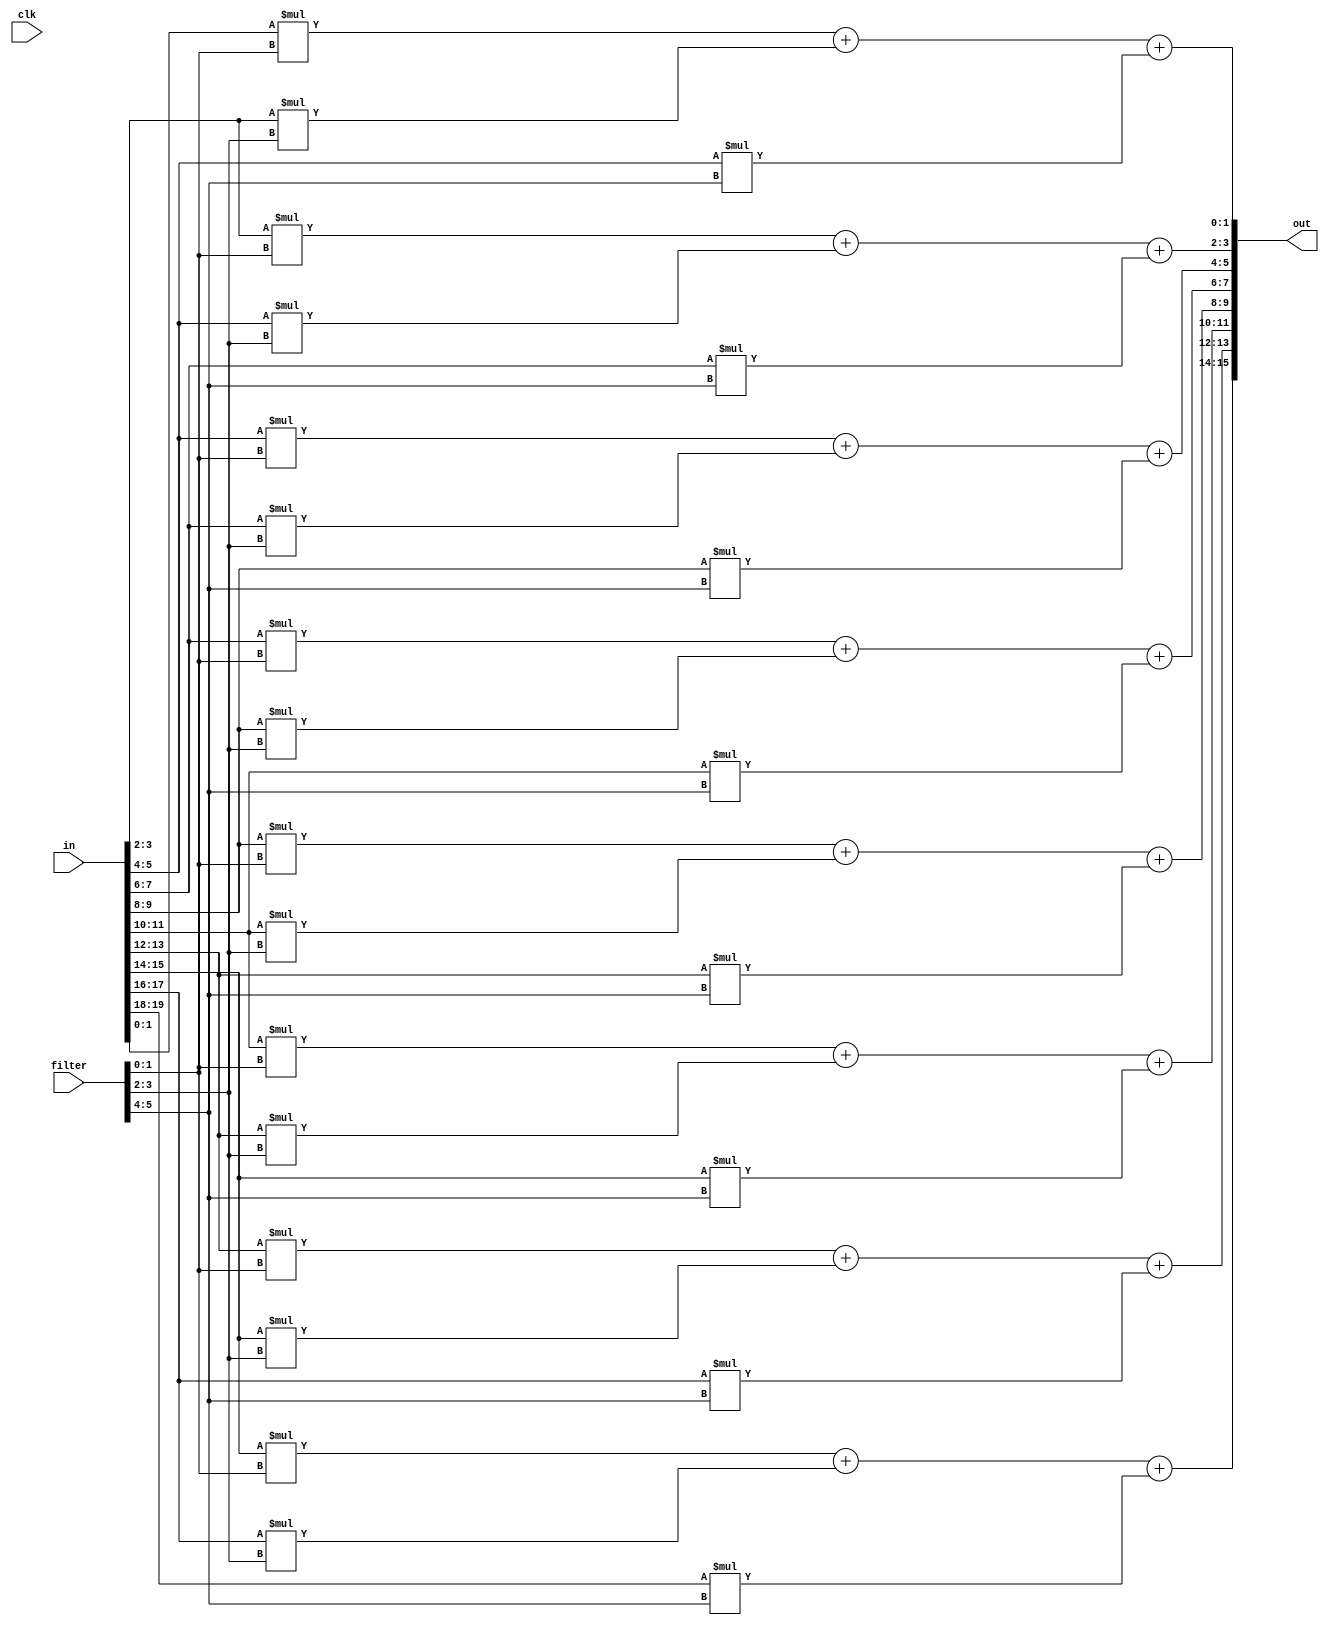
module pe_new_10x10(clk,in,filter,out);
input clk;
input [19:0]in;
input [5:0]filter;
output [15:0]out;


//always@(posedge clk)begin
assign out[1:0] = in[1:0] * filter[1:0] + in[3:2] * filter[3:2] + in[5:4] * filter[5:4];
assign out[3:2] = in[3:2] * filter[1:0] + in[5:4] * filter[3:2] + in[7:6] * filter[5:4];
assign out[5:4] = in[5:4] * filter[1:0] + in[7:6] * filter[3:2] + in[9:8] * filter[5:4];
assign out[7:6] = in[7:6] * filter[1:0] + in[9:8] * filter[3:2] + in[11:10] * filter[5:4];
assign out[9:8] = in[9:8] * filter[1:0] + in[11:10] * filter[3:2] + in[13:12] * filter[5:4];
assign out[11:10] = in[11:10] * filter[1:0] + in[13:12] * filter[3:2] + in[15:14] * filter[5:4];
assign out[13:12] = in[13:12] * filter[1:0] + in[15:14] * filter[3:2] + in[17:16] * filter[5:4];
assign out[15:14] = in[15:14] * filter[1:0] + in[17:16] * filter[3:2] + in[19:18] * filter[5:4];
//end


endmodule